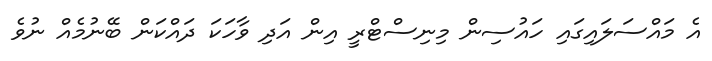
އެ މައްސަލައިގައި ހައުސިން މިނިސްޓްރީ އިން އަދި ވާހަކަ ދައްކަން ބޭނުމެއް ނުވެ